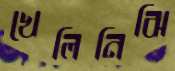
খেলিনিঝি